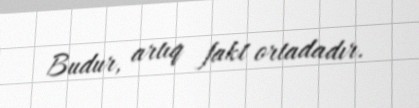
Budur, artıq fakt ortadadır.